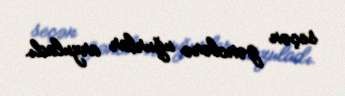
seçən gənclərə uğurlar arzuladı.